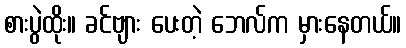
စားပွဲထိုး။ ခင်ဗျား ပေးတဲ့ ဘေလ်က မှားနေတယ်။